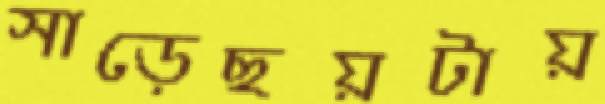
সাড়েছয়টায়